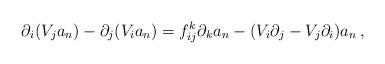
LaTeX: \begin{align*}\partial_i(V_j a_{n})-\partial_j(V_i a_{n}) =f^k_{ij}\partial_k a_{n}-(V_i\partial_j-V_j\partial_i)a_{n}\,,\end{align*}